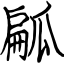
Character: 㼐